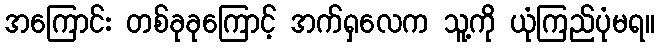
အကြောင်း တစ်ခုခုကြောင့် အက်ရှလေက သူ့ကို ယုံကြည်ပုံမရ။